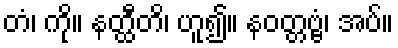
တံ၊ ကို။ နတ္ထီတိ၊ ဟူ၍။ နဝတ္တဗ္ဗံ၊ အပ်။